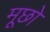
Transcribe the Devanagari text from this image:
मूछो